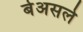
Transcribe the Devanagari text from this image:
बेअसले